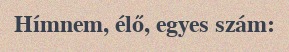
Hímnem, élő, egyes szám: